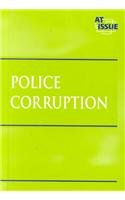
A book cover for Police Corruption (At Issue Series); Tamara L. Roleff; Teen & Young Adult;